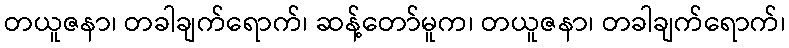
တယူဇနာ၊ တခါချက်ရောက်၊ ဆန့်တော်မူက၊ တယူဇနာ၊ တခါချက်ရောက်၊